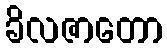
ခိလဇာတော